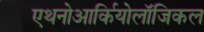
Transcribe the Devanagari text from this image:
एथनोआर्कियोलॉजिकल